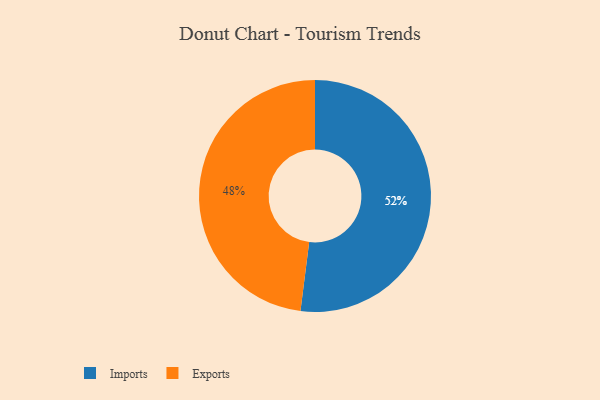
{"axis": {"x": "Category", "y": "Percentage"}, "legend": ["Exports", "Imports"], "data": [{"x": "Imports", "y": 52, "type": "Imports"}, {"x": "Exports", "y": 48, "type": "Exports"}]}